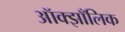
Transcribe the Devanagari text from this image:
ऑक्झाँलिक